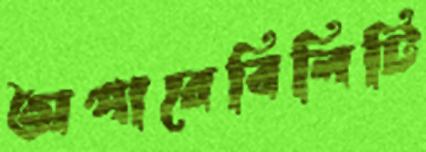
অপারেবিলিটি